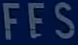
FES